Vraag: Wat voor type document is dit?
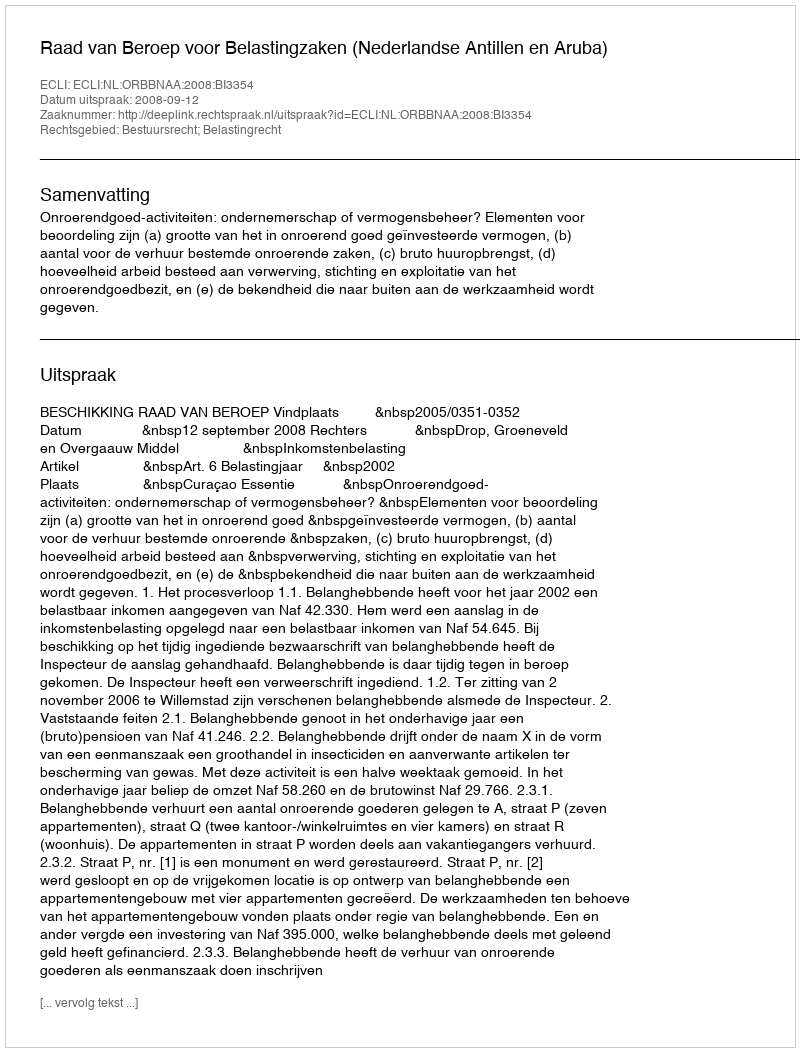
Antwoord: Uitspraak